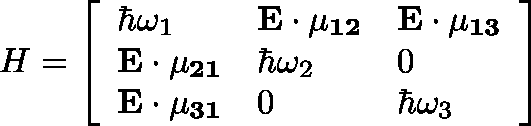
H = \left[ \begin{array} { l l l } { \hbar \omega _ { 1 } } & { \mathbf { E \cdot \mu _ { 1 2 } } } & { \mathbf { E \cdot \mu _ { 1 3 } } } \\ { \mathbf { E \cdot \mu _ { 2 1 } } } & { \hbar \omega _ { 2 } } & { 0 } \\ { \mathbf { E \cdot \mu _ { 3 1 } } } & { 0 } & { \hbar \omega _ { 3 } } \end{array} \right]